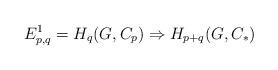
LaTeX: \begin{align*}E^{1}_{p,q} = H_{q}(G, C_{p}) \Rightarrow H_{p+q}(G, C_{*}) \end{align*}